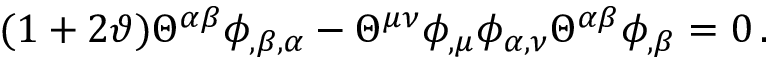
( 1 + 2 \vartheta ) { \Theta } ^ { \alpha \beta } \phi _ { , \beta , \alpha } - { \Theta } ^ { \mu \nu } \phi _ { , \mu } \phi _ { \alpha , \nu } { \Theta } ^ { \alpha \beta } \phi _ { , \beta } = 0 \, .